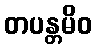
တပန္တမိဝ